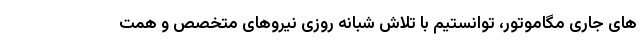
های جاری مگاموتور، توانستیم با تلاش شبانه روزی نیروهای متخصص و همت